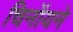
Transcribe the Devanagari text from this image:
चिनॉयने